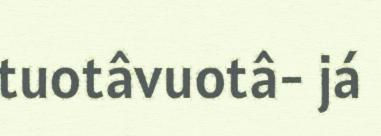
tuotâvuotâ- já